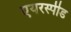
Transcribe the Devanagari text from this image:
एयरस्पीड